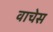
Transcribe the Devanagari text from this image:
वाचेस